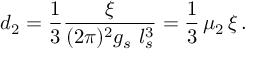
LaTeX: d _ { 2 } = { \frac { 1 } { 3 } } { \frac { \xi } { ( 2 \pi ) ^ { 2 } g _ { s } \, \, l _ { s } ^ { 3 } } } = { \frac { 1 } { 3 } } \, \mu _ { 2 } \, \xi \, .